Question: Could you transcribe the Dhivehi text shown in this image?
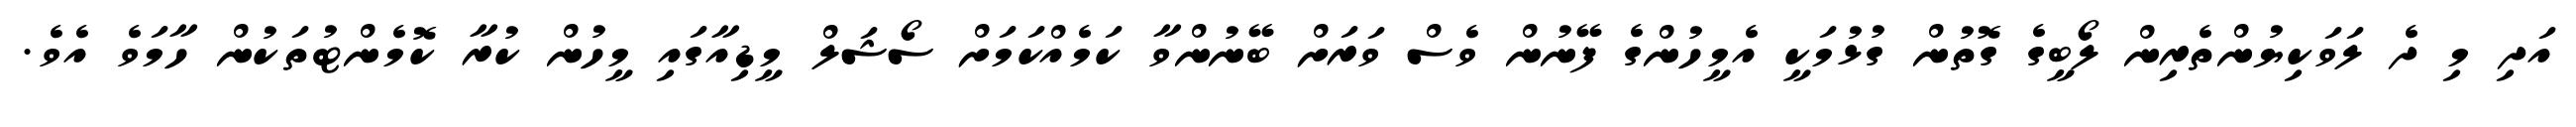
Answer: އަދި މި ދެ ލަވަކިޔުންތެރިން ލޯބީގެ ގޮތުން ގުޅުމަކީ އެމީހުންގެ ފޭނުން ވެސް ވަރަށް ބޭނުންވާ ކަމެއްކަމަށް ސޯޝަލް މީޑިއާގައި މީހުން ކުރާ ކޮމެންޓުތަކުން ހާމަވެ އެވެ.